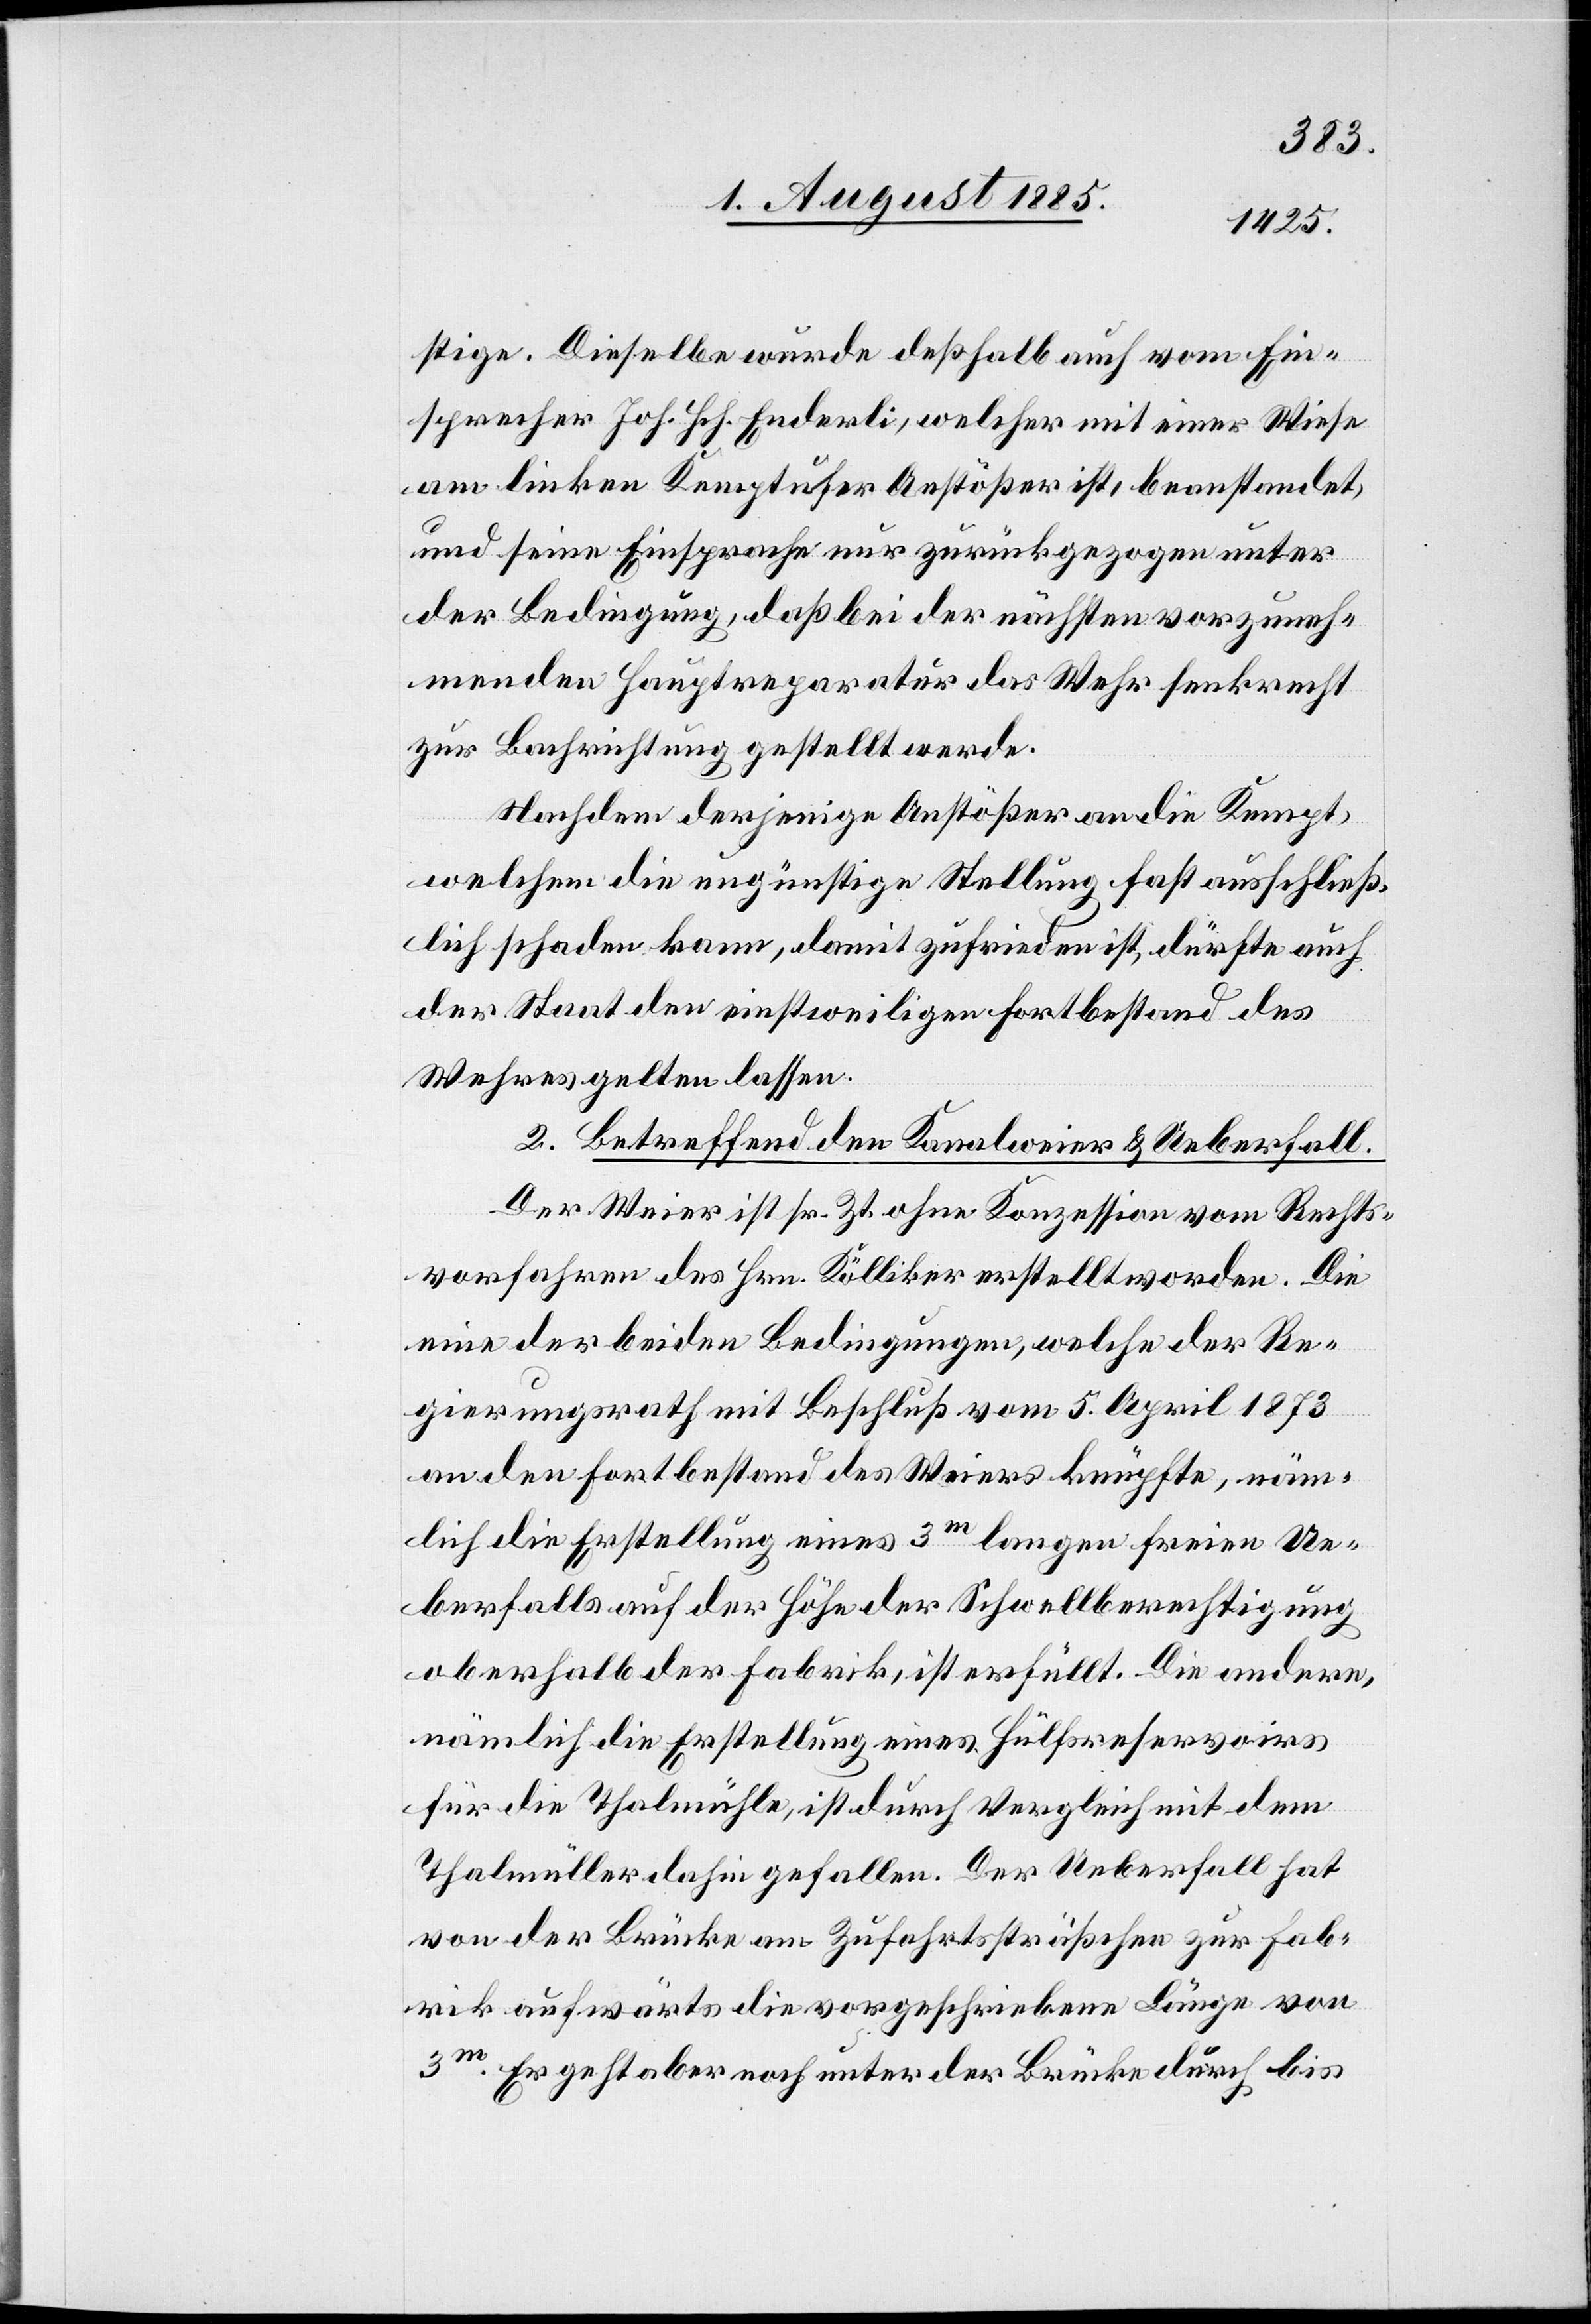
stige. Dieselbe wurde deßhalb auch vom Ein¬
sprecher Joh. Hch. Enderli, welcher mit einer Wiese
am linken Kemptufer Anstößer ist, beanstandet,
und seine Einsprache nur zurückgezogen unter
der Bedingung, daß bei der nächsten vorzuneh¬
menden Hauptreparatur das Wehr senkrecht
zur Bachrichtung gestellt werde.
Nachdem derjenige Anstößer an die Kempt,
welchem die ungünstige Stellung fast ausschließ¬
lich schaden kann, damit zufrieden ist, dürfte auch
der Staat den einstweiligen Fortbestand des
Wehres gelten lassen.
2. Betreffend den Kanalweier & Ueberfall.
Der Weier ist sr. Zt. ohne Konzession vom Rechts¬
vorfahren des Hrn. Kölliker erstellt worden. Die
eine der beiden Bedingungen, welche der Re¬
gierungsrath mit Beschluß vom 5. April 1873
an den Fortbestand des Weiers knüpfte, näm¬
lich die Erstellung eines 3m langen freien Ue¬
berfalls auf der Höhe der Schwellberechtigung
oberhalb der Fabrik, ist erfüllt. Die andere,
nämlich die Erstellung eines Hülfsreservoirs
für die Thalmühle, ist durch Vergleich mit dem
Thalmüller dahin gefallen. Der Ueberfall hat
von der Brücke am Zufahrtssträßchen zur Fab¬
rik aufwärts die vorgeschriebene Länge von
3m. Er geht aber noch unter der Brücke durch bis